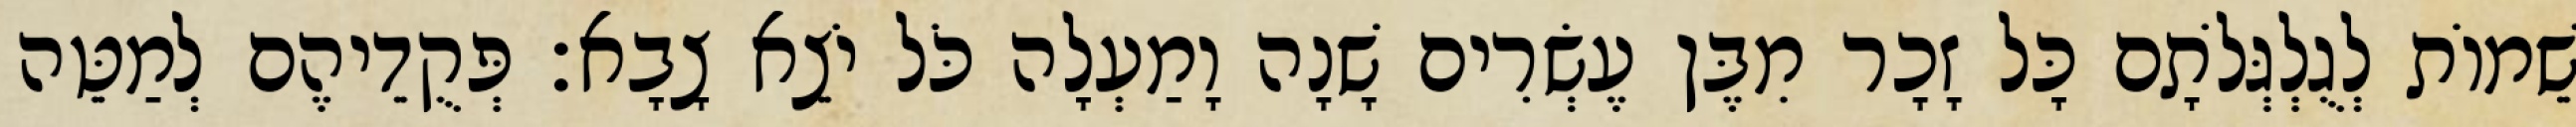
שֵׁמוֹת לְגֻלְגְּלֹתָם כָּל זָכָר מִבֶּן עֶשְׂרִים שָׁנָה וָמַעְלָה כֹּל יֹצֵא צָבָא׃ פְּקֻדֵיהֶם לְמַטֵּה